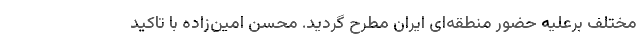
مختلف برعلیه حضور منطقه‌ای ایران مطرح گردید. محسن امین‌زاده با تاکید